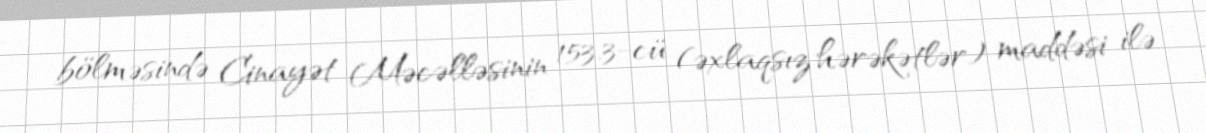
bölməsində Cinayət Məcəlləsinin 153.3-cü (əxlaqsız hərəkətlər) maddəsi ilə